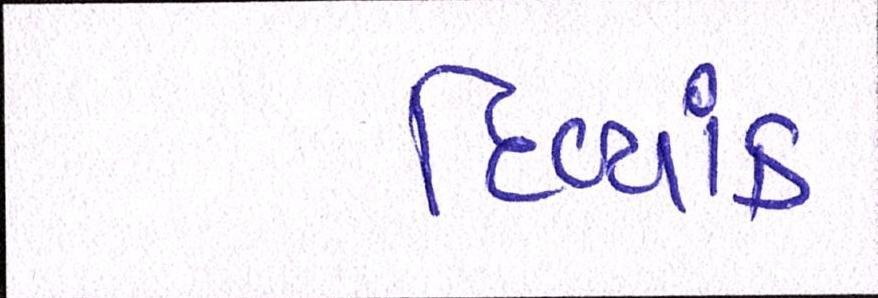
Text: દિવ્યાંક